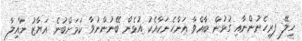
ހިލޭ ފރިހެނުންނާއި ގުޅުން ބާއްވާ އަންހެނަކާއެކު އުޅެން ބޭނުންނުވާ ކަމަށްބުނެ އަޔާޒު ނާއިލާ